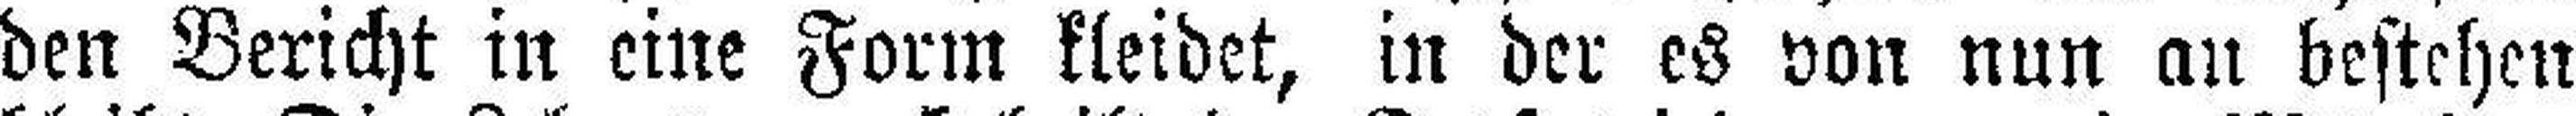
den Bericht in eine Form kleidet, in der es von nun an bestehen